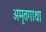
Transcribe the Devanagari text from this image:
अमृतगाथा